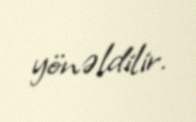
yönəldilir.